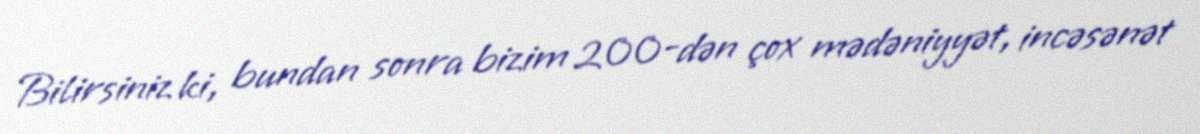
Bilirsiniz ki, bundan sonra bizim 200-dən çox mədəniyyət, incəsənət